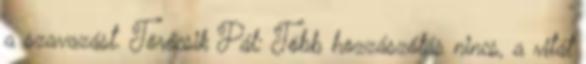
a szavazást. Törőcsik Pál: Több hozzászólás nincs, a vitát